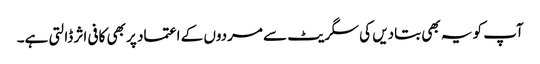
آپ کو یہ بھی بتادیں کی سگریٹ سے مردوں کے اعتماد پر بھی کافی اثر ڈالتی ہے۔